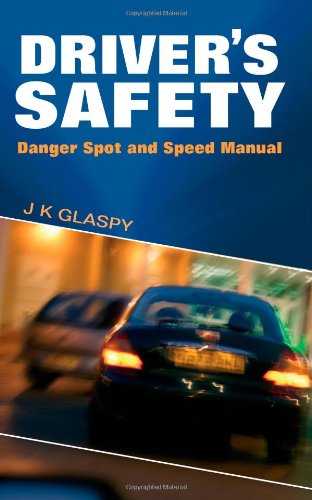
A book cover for Driver's Safety: Danger Spot and Speed Manual; J. K. Glaspy; Test Preparation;